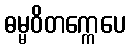
ဓမ္မဝိတက္ကေပေ